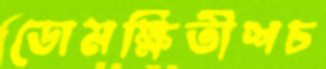
ডোমক্ষিতীশচ